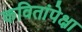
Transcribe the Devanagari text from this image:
कवितांपेक्षा